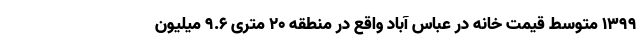
۱۳۹۹ متوسط قیمت خانه در عباس آباد واقع در منطقه ۲۰ متری ۹.۶ میلیون